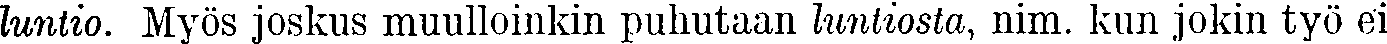
luntio. Myös joskus muulloinkin puhutaan luntiosta, nim. kun jokin työ ei